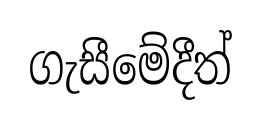
ගැසීමේදීත්